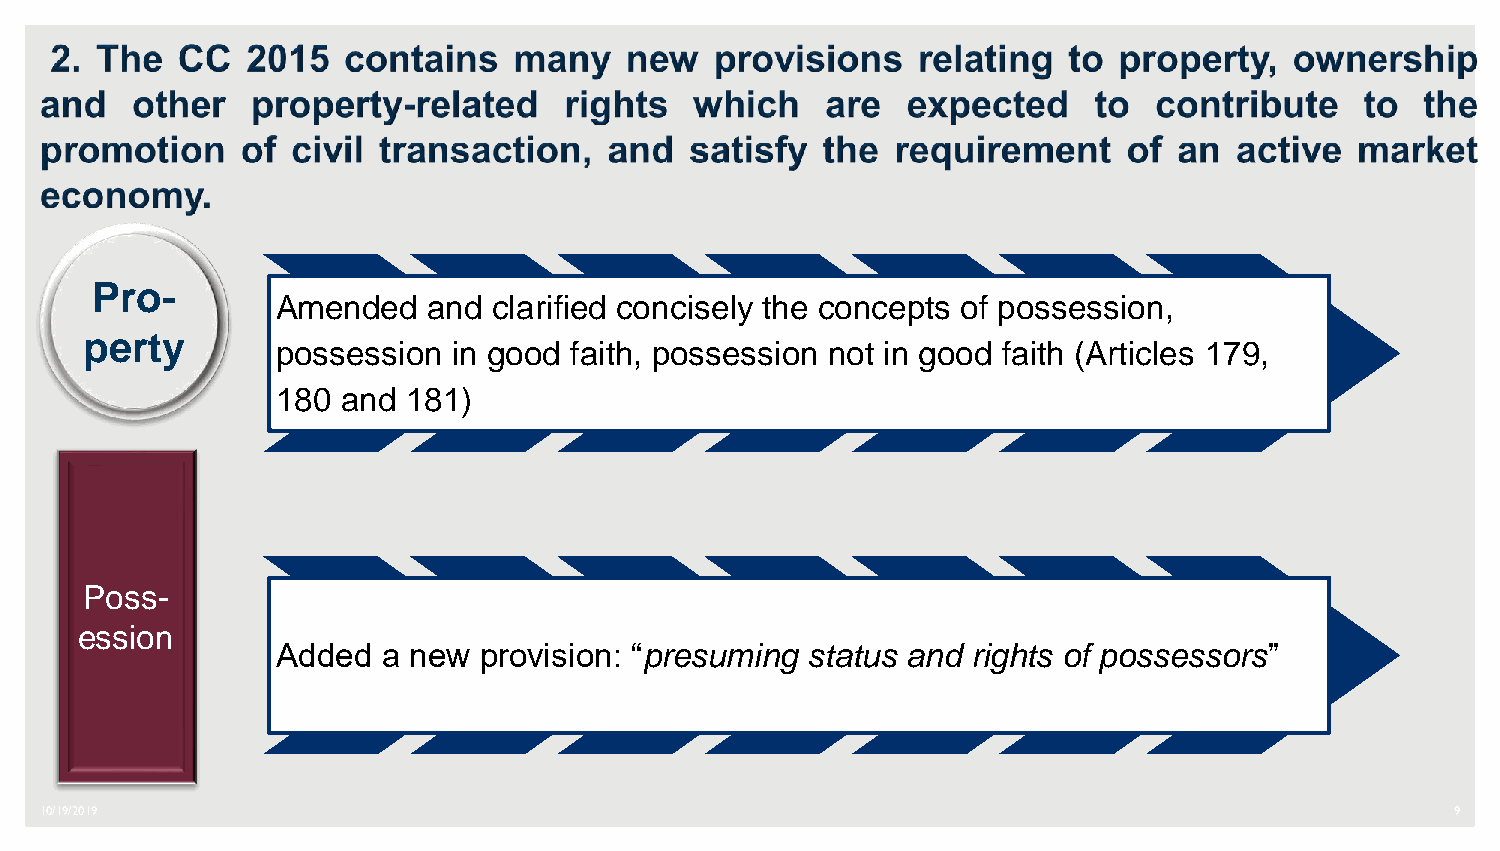
Pro-
 Amended   and  clarified concisely the concepts of possession,
 perty
 possession  in good faith, possession not in good faith (Articles 179,
 180  and 181)
 Poss-
 ession
 Added  a new  provision: “presuming status and rights of possessors”
 10/19/2019                                                                                   9